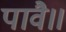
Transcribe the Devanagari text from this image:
पावै॥